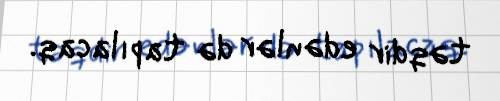
təqdir edənlər də tapılacaq.